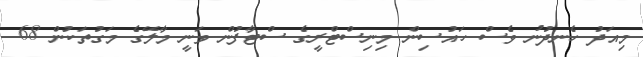
މިއަދު ހެނދުނު ވެސް ހައުސިން މިިނިސްޓްރީގެ ސްޓާފުން ވަނީ މާލޭގެ މަގުތަކުން 68